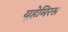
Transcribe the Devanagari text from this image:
यूहेमिरस